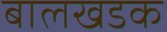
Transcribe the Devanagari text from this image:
बालखडक